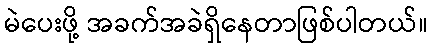
မဲပေးဖို့ အခက်အခဲရှိနေတာဖြစ်ပါတယ်။